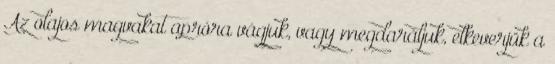
Az olajos magvakat apróra vágjuk, vagy megdaráljuk, elkeverjük a